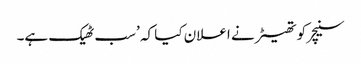
سنیچر کو تھیٹر نے اعلان کیا کہ ’سب ٹھیک ہے۔